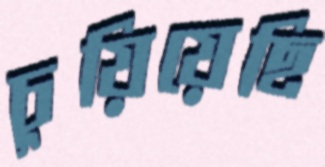
চুয়িয়েছি